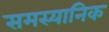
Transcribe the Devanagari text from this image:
समस्यानिक